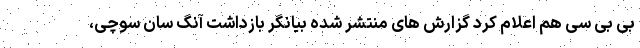
بی بی سی هم اعلام کرد گزارش های منتشر شده بیانگر بازداشت آنگ سان سوچی،